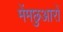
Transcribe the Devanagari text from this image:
मेंमछुआरों